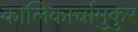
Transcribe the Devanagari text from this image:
कालिकार्चामुकुर